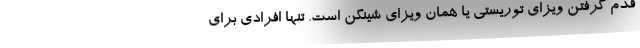
قدم گرفتن ویزای توریستی یا همان ویزای شینگن است. تنها افرادی برای